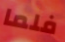
فلما